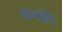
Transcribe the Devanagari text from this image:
कथक्केड़